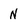
Character: N